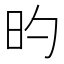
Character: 旳